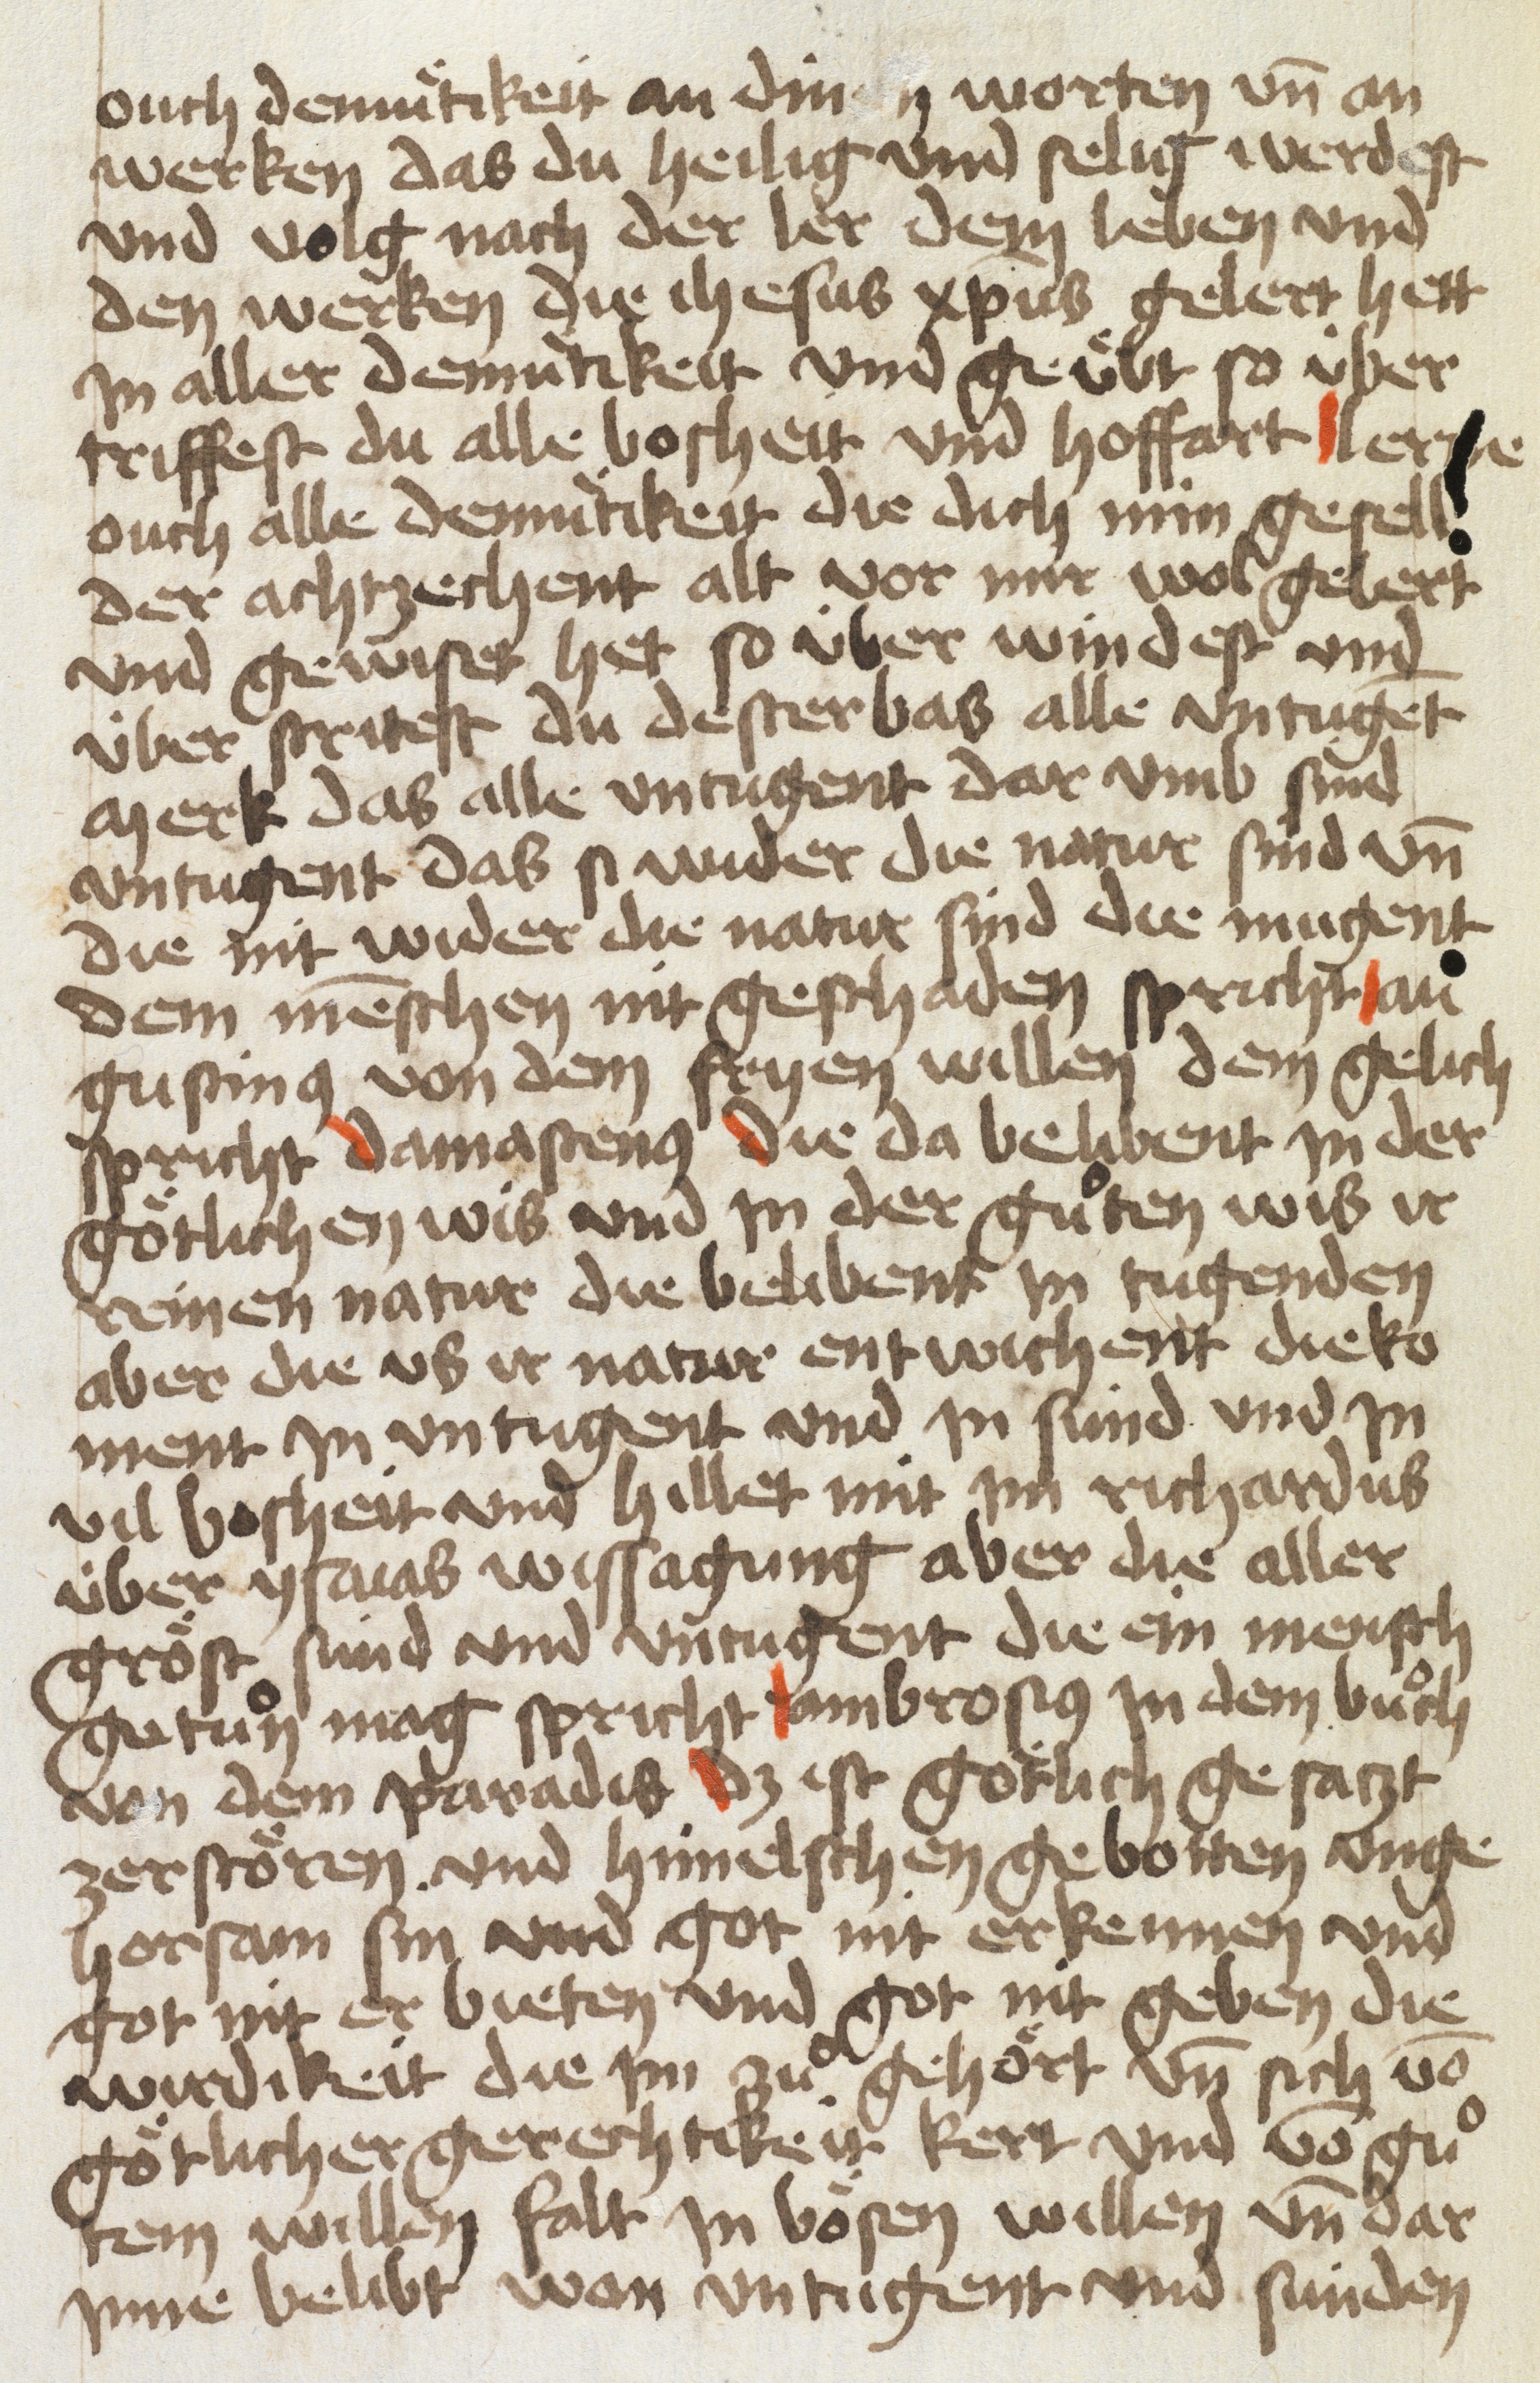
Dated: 1454–1454